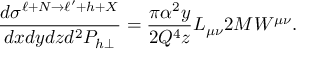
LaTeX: \frac { d \sigma ^ { \ell + N \rightarrow \ell ^ { \prime } + h + X } } { d x d y d z d ^ { 2 } P _ { h \perp } } = \frac { \pi \alpha ^ { 2 } y } { 2 Q ^ { 4 } z } L _ { \mu \nu } 2 M { \cal W } ^ { \mu \nu } .